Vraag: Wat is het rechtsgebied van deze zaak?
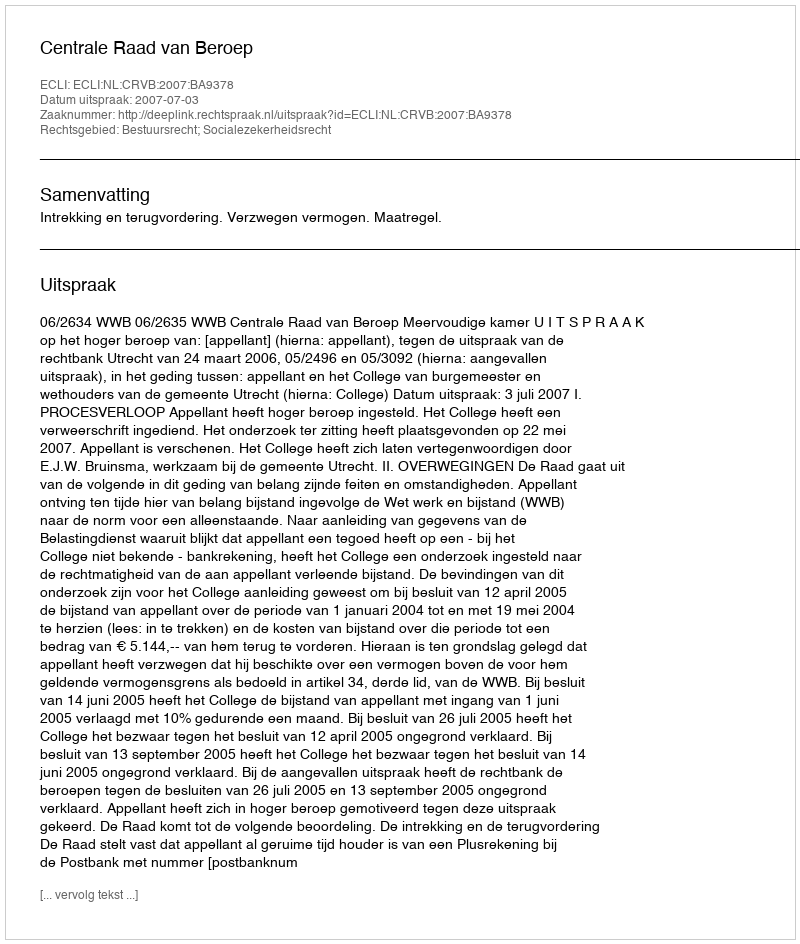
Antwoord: Bestuursrecht; Socialezekerheidsrecht